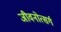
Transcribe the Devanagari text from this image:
जीवनोत्सर्ग